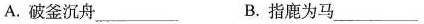
A.破釜沉舟___B.指鹿为马___